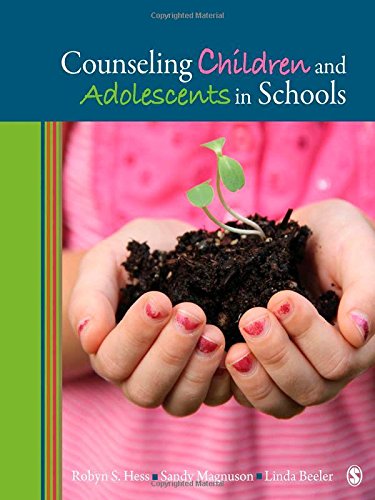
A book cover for Counseling Children and Adolescents in Schools; Robyn S. Hess; Business & Money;